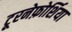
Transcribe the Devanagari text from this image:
टूरनेफ़ोर्शिया